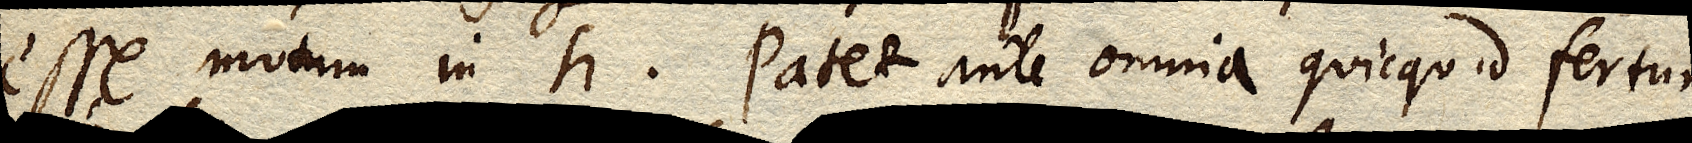
esse motum in h. Patet ante omnia quicquid fertur